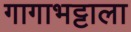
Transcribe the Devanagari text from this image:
गागाभट्टाला